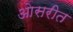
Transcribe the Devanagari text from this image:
ओसरीत